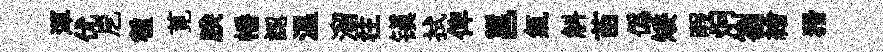
渾优戹種莧朕幡認温溜往镇拭俾邕氣斛苗偽矮暇炯劄繪猾